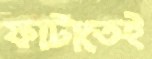
ফাটাতেই